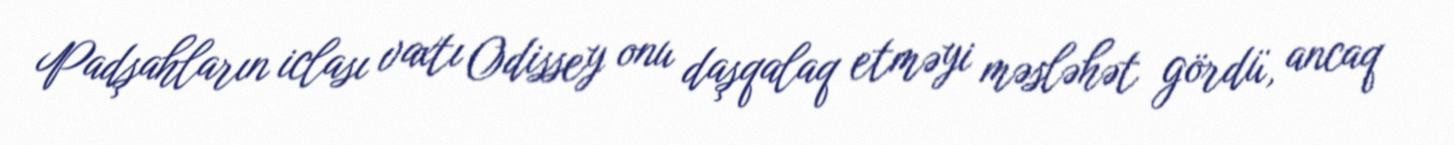
Padşahların iclası vaxtı Odissey onu daşqalaq etməyi məsləhət gördü, ancaq